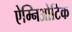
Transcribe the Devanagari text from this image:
ऐम्निओटिक